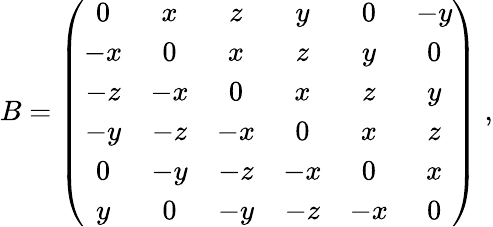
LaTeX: B=\left(\begin{array}{ccccccccr}{{0}}&{{x}}&{{z}}&{{y}}&{{0}}&{{-y}}\\ {{-x}}&{{0}}&{{x}}&{{z}}&{{y}}&{{0}}\\ {{-z}}&{{-x}}&{{0}}&{{x}}&{{z}}&{{y}}\\ {{-y}}&{{-z}}&{{-x}}&{{0}}&{{x}}&{{z}}\\ {{0}}&{{-y}}&{{-z}}&{{-x}}&{{0}}&{{x}}\\ {{y}}&{{0}}&{{-y}}&{{-z}}&{{-x}}&{{0}}\end{array}\right)\; ,